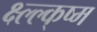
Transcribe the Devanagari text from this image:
क्ष्ल्ल्क्ष्म